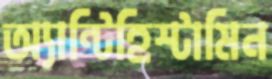
অ্যান্টিহিস্টামিন